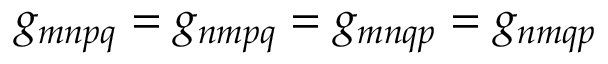
g _ { m n p q } = g _ { n m p q } = g _ { m n q p } = g _ { n m q p }